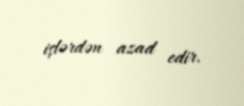
işlərdən azad edir.